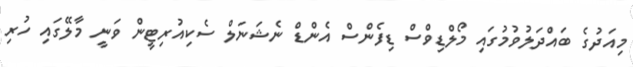
މިއަދުގެ ބައްދަލުވުމުގައި މޯލްޑިވްސް ޑިފެންސް އެންޑް ނެޝަނަލް ސެކިއުރިޓީން ވަނީ މާލޭގައި ހުރި